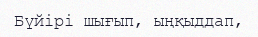
Бүйірі шығып, ыңқыддап,